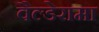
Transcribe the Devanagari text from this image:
वैल्डेरामा